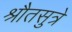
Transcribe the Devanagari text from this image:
श्रौतसुत्रे